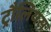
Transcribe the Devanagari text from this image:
ट्रौलियस